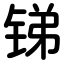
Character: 锑